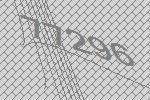
77296